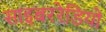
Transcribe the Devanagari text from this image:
साइबररेडियो